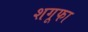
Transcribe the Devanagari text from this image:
शगूफा